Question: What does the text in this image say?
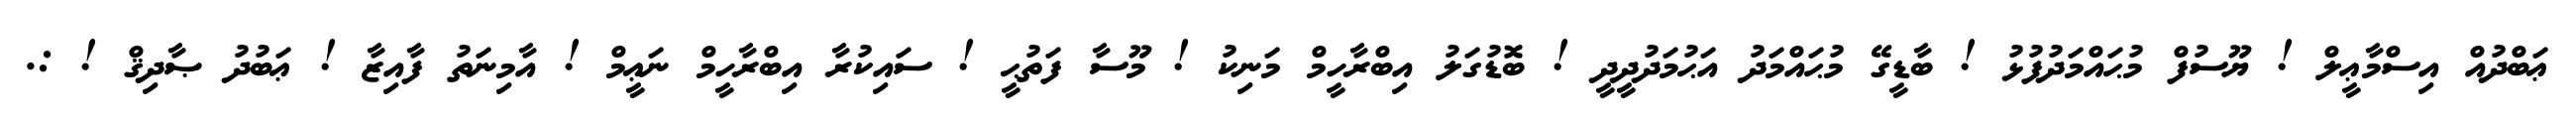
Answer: ޢަބްދުއް އިސްމާޢީލް ! ޔޫސުފް މުޙައްމަދުފުޅު ! ބާޑީގޭ މުޙައްމަދު އަޙުމަދުދީދީ ! ބޮޑުގަލު އިބްރާހީމް މަނިކު ! މޫސާ ފަތުޙީ ! ސައިކުރާ އިބްރާހީމް ނަޢީމް ! އާމިނަތު ފާއިޒާ ! ޢަބުދު ޞާދިޤް ! :.